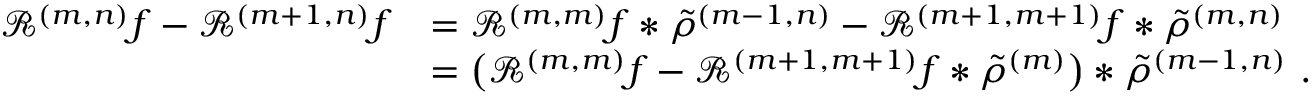
\begin{array} { r l } { \mathcal { R } ^ { ( m , n ) } f - \mathcal { R } ^ { ( m + 1 , n ) } f } & { = \mathcal { R } ^ { ( m , m ) } f \ast \tilde { \rho } ^ { ( m - 1 , n ) } - \mathcal { R } ^ { ( m + 1 , m + 1 ) } f \ast \tilde { \rho } ^ { ( m , n ) } } \\ & { = \big ( \mathcal { R } ^ { ( m , m ) } f - \mathcal { R } ^ { ( m + 1 , m + 1 ) } f \ast \tilde { \rho } ^ { ( m ) } \big ) \ast \tilde { \rho } ^ { ( m - 1 , n ) } \ . } \end{array}